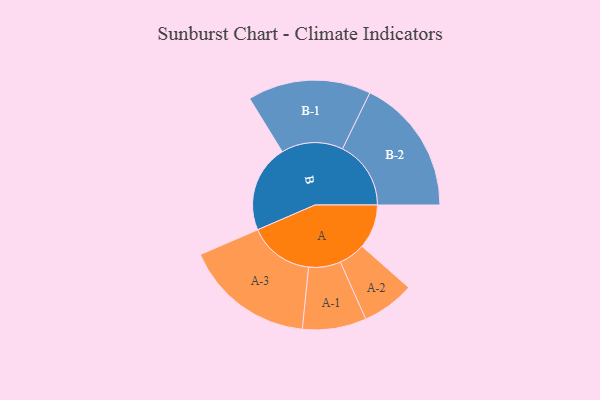
{"axis": {"x": "Segment", "y": "Value"}, "legend": ["", "A", "B"], "data": [{"x": "A", "y": 183, "type": ""}, {"x": "B", "y": 362, "type": ""}, {"x": "A-1", "y": 132, "type": "A"}, {"x": "A-2", "y": 109, "type": "A"}, {"x": "A-3", "y": 269, "type": "A"}, {"x": "B-1", "y": 255, "type": "B"}, {"x": "B-2", "y": 283, "type": "B"}]}